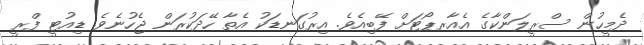
ދެމީހުން ސްރީލަންކާގެ އެއާރޕޯޓަށް ފޭބިއެވެ. އިރުގަނޑަކު އެތާ ހޭދަކުރަން ޖެހުނެވެ. ޑިއުޓީ ފްރީ